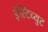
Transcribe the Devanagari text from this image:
इंस्टिच्युट